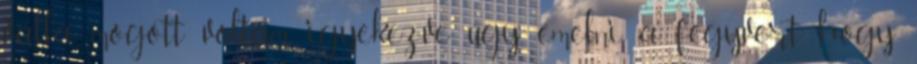
válla mögött voltam, igyekezve úgy emelni a fegyvert, hogy